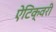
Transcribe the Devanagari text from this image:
ऐंटिक्वरी